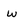
Character: w